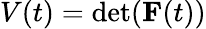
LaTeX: V(t)=\operatorname*{det}(\mathbf{F}(t))